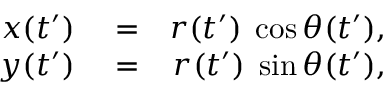
\begin{array} { r l r } { x ( t ^ { \prime } ) } & { { } = } & { r ( t ^ { \prime } ) \; \cos \theta ( t ^ { \prime } ) , } \\ { y ( t ^ { \prime } ) } & { { } = } & { r ( t ^ { \prime } ) \; \sin \theta ( t ^ { \prime } ) , } \end{array}